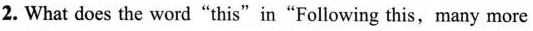
2. What does the word"this"in"Following this,many more